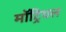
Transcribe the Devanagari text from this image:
मॉट्रियल